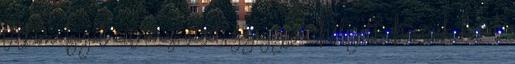
titkom Igyál citromos vizet gyógyszer helyett, ha ezek közül